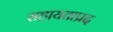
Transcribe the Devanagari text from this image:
सहायताप्रद